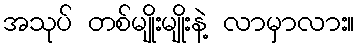
အသုပ် တစ်မျိုးမျိုးနဲ့ လာမှာလား။